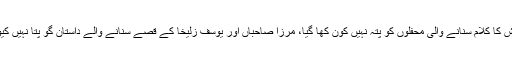
میاں محمد بخشؒ کا کلام سنانے والی محفلوں کو پتہ نہیں کون کھا گیا، مرزا صاحباں اور یوسف زلیخا کے قصے سنانے والے داستان گو پتا نہیں کیوں نہیں رہے؟